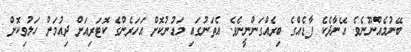
ބޭނުމެއްނޫނެވެ. އޭނާދެކެ ފާޑެއްގެ ބިރެއްގަންނީނެވެ. އެތަނުގައި މަޑުނުކޮށް އަހަރެންގެ ކޮޓަރިއަށް ދިއުމަށް ހަލުވިކޮށް